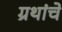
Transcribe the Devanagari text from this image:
ग्रथांचे